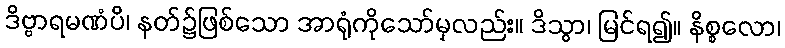
ဒိဗ္ဗာရမဏံပိ၊ နတ်၌ဖြစ်သော အာရုံကိုသော်မှလည်း။ ဒိသွာ၊ မြင်ရ၍။ နိစ္စလော၊